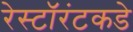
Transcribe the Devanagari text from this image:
रेस्टॉरंटकडे